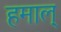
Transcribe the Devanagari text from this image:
हमाल्